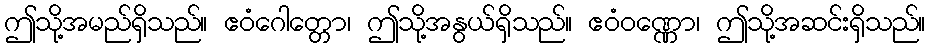
ဤသို့အမည်ရှိသည်။ ဧဝံဂေါတ္တော၊ ဤသို့အနွယ်ရှိသည်။ ဧဝံဝဏ္ဏော၊ ဤသို့အဆင်းရှိသည်။